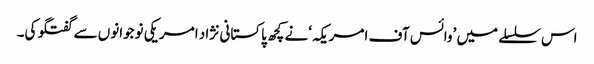
اس سلسلے میں ’وائس آف امریکہ‘نے کچھ پاکستانی نژاد امریکی نوجوانوں سے گفتگو کی۔